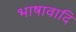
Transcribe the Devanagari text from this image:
भाषावादि